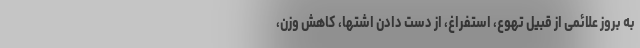
به بروز علائمی از قبیل تهوع، استفراغ، از دست دادن اشتها، کاهش وزن،